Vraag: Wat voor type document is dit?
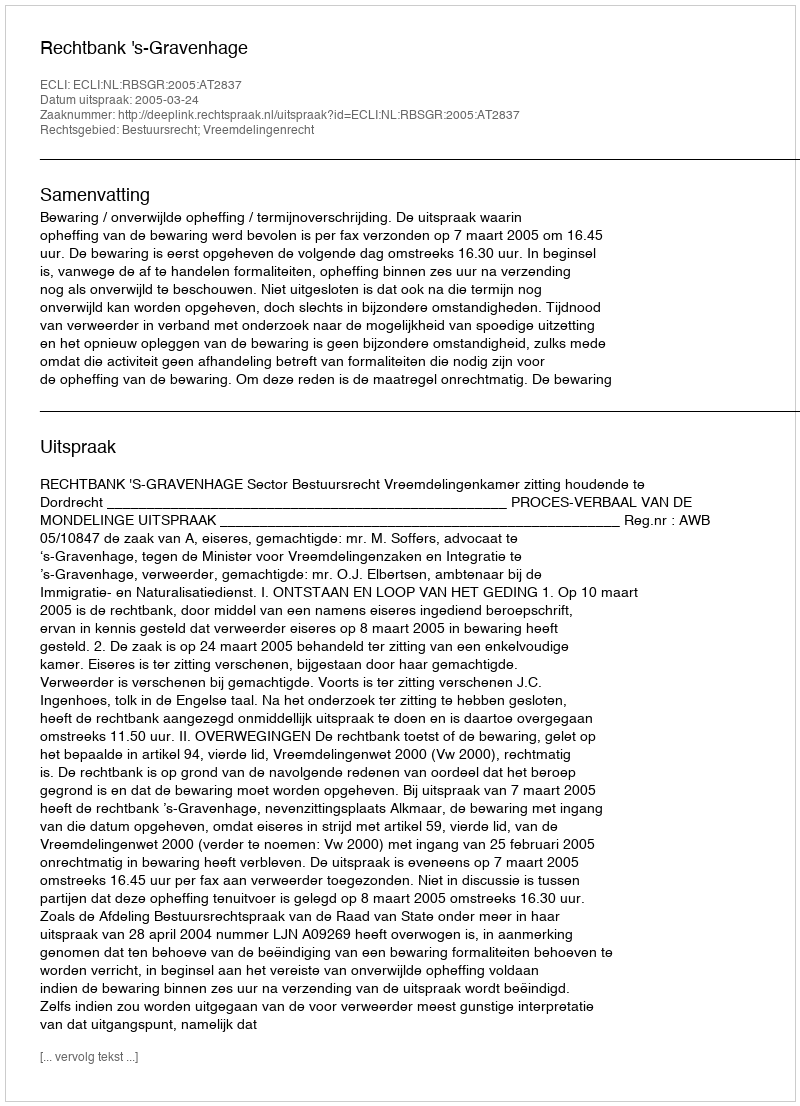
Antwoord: Uitspraak